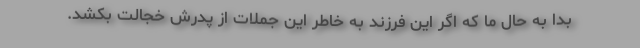
بدا به حال ما که اگر این فرزند به خاطر این جملات از پدرش خجالت بکشد.